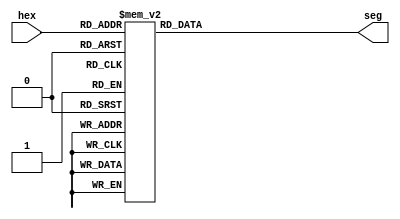



//Hex to 7-segment display code converter

module hex_7seg (
	input [3:0] hex,
	output reg [0:6] seg
);

//012_3456 (segments are active-low)
parameter ZERO = 7'b000_0001;
parameter ONE = 7'b100_1111;
parameter TWO = 7'b001_0010;
parameter THREE = 7'b000_0110;
parameter FOUR = 7'b100_1100;
parameter FIVE = 7'b010_0100;
parameter SIX = 7'b010_0000;
parameter SEVEN = 7'b000_1111;
parameter EIGHT = 7'b000_0000;
parameter NINE = 7'b000_1100;
parameter A = 7'b000_1000;
parameter B = 7'b110_0000;
parameter C = 7'b011_0001;
parameter D = 7'b100_0010;
parameter E = 7'b011_0000;
parameter F = 7'b011_1000;

always @(hex)

case (hex)
	0: seg = ZERO;
	1: seg = ONE;
	2: seg = TWO;
	3: seg = THREE;
	4: seg = FOUR;
	5: seg = FIVE;
	6: seg = SIX;
	7: seg = SEVEN;
	8: seg = EIGHT;
	9: seg = NINE;
	10: seg = A;
	11: seg = B;
	12: seg = C;
	13: seg = D;
	14: seg = E;
	15: seg = F;
endcase

endmodule